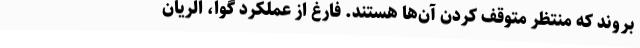
بروند که منتظر متوقف کردن آن‌ها هستند. فارغ از عملکرد گوا، الریان